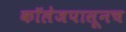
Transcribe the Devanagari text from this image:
कॉलेजपासूनच